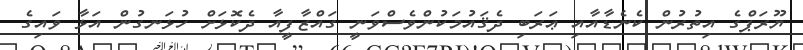
ޔޫރަޕްގެ އިތުރުން ކެނެޑާއާއި ޢަރަބި ދެޤައުމަކުންވެސްވަނީ ގައްޒާފީއާ ދެކޮޅަށް ހުޅަނގުން އަޅާ ވައިގެ